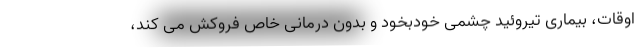
اوقات، بیماری تیروئید چشمی خودبخود و بدون درمانی خاص فروکش می کند،